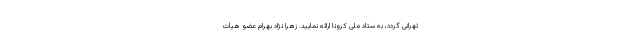
تهرانی گردد، به ستاد ملی کرونا ارائه نمایید. زهرا نژاد بهرام عضو هیأت